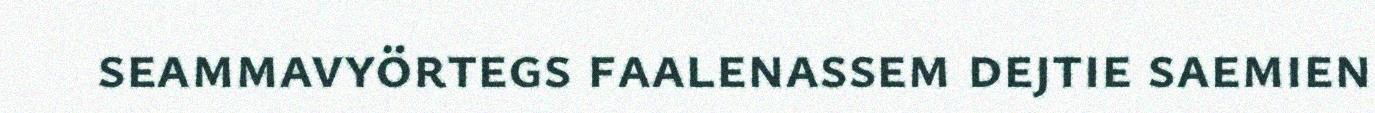
seammavyörtegs faalenassem dejtie saemien